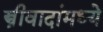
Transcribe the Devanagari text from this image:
स्त्रीवादांमध्ये